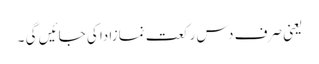
یعنی صرف دس رکعت نمازادا کی جائیں گی ۔